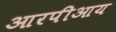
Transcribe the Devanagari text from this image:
आरपीआय